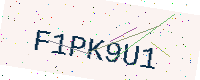
Text: F1PK9U1